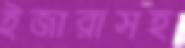
ইজারাসহ